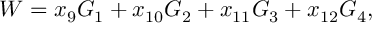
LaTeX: W = x _ { 9 } G _ { 1 } + x _ { 1 0 } G _ { 2 } + x _ { 1 1 } G _ { 3 } + x _ { 1 2 } G _ { 4 } ,